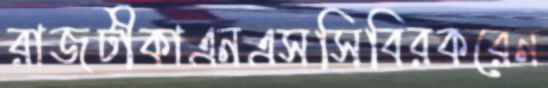
রাজটীকাএনএসসিবিরকরেন